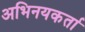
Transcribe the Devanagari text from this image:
अभिनयकर्ता